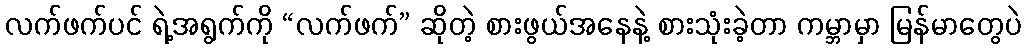
လက်ဖက်ပင် ရဲ့အရွက်ကို “လက်ဖက်” ဆိုတဲ့ စားဖွယ်အနေနဲ့ စားသုံးခဲ့တာ ကမ္ဘာမှာ မြန်မာတွေပဲ